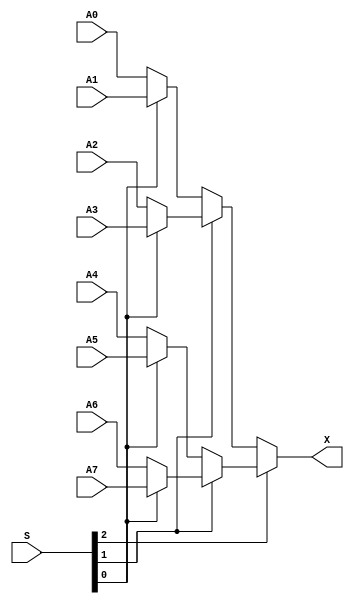
/*
 * ------------------------------------------------------------------
 * 8 to 1 multiplexorby Eric Sashaug
 * ------------------------------------------------------------------ * 
 */


module mux_8_1(X, A0, A1, A2, A3, A4, A5, A6, A7, S);   
   output [15:0] X;   // The output line

   input [15:0]  A7;  // Input line with id 3'b111
   input [15:0]  A6;  // Input line with id 3'b110
   input [15:0]  A5;  // Input line with id 3'b101
   input [15:0]  A4;  // Input line with id 3'b100
   input [15:0]  A3;  // Input line with id 3'b011
   input [15:0]  A2;  // Input line with id 3'b010
   input [15:0]  A1;  // Input line with id 3'b001
   input [15:0]  A0;  // Input line with id 3'b000
   input [2:0]	 S;   

   assign X = (S[2] == 0 
	       ? (S[1] == 0 
		  ? (S[0] == 0 
		     ? A0       // {S2,S1,S0} = 3'b000
		     : A1)      // {S2,S1,S0} = 3'b001
		  : (S[0] == 0 
		     ? A2       // {S2,S1,S0} = 3'b010
		     : A3))     // {S2,S1,S0} = 3'b011
	       : (S[1] == 0 
		  ? (S[0] == 0 
		     ? A4       // {S2,S1,S0} = 3'b100
		     : A5)      // {S2,S1,S0} = 3'b101
		  : (S[0] == 0 
		     ? A6       // {S2,S1,S0} = 3'b110
		     : A7)));   // {S2,S1,S0} = 3'b111
endmodule // multiplexer_8_1